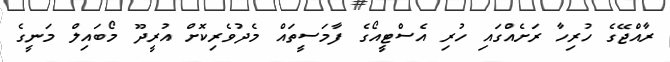
ރާއްޖޭގެ ހުރިހާ ރަށެއްގައި ހުރި އެސްޓީއޯގެ ފާމަސީތައް މެދުވެރިކޮށް އުރީދޫ މޯބައިލް މަނީގެ